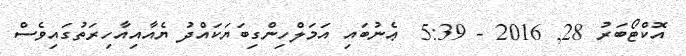
އޮކްޓޯބަރު 28